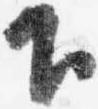
下